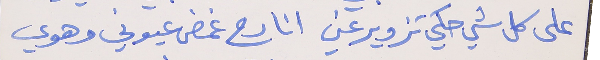
على كل شي حكي تزوير عني     انا رح غمض عيوني وهوي